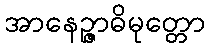
အာနေဉ္ဇာဓိမုတ္တော